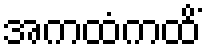
အကထံကထိံ